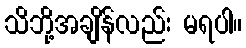
သိဘို့အချိန်လည်း မရပါ။